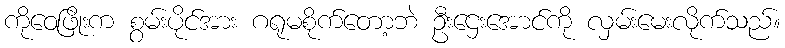
ကိုဝေဖြိုးက စွမ်းပိုင်အား ဂရုမစိုက်တော့ဘဲ ဦးဌေးအောင်ကို လှမ်းမေးလိုက်သည်။